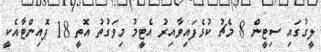
ލީގުގައި ސިޓީން 8 މެޗު ކުޅެފައިވާއިރު އެޓީމު މިވަގުތު އޮތީ 18 ޕޮއިންޓާއެކީ